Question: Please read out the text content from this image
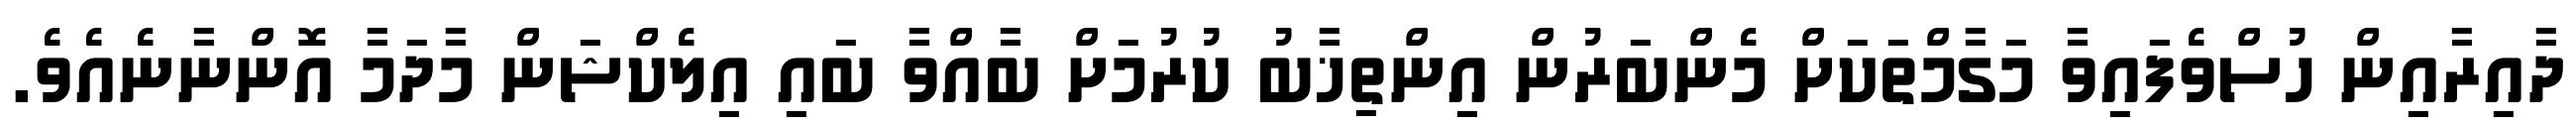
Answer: ދާއިރާއިން ހުސްވެފައިވާ މަގާމްތަކަށް މެންބަރުން އިންތިޚާބު ކުރުމަށް ބާއްވާ ބައި އިލެކްޝަން މާދަމާ އޮންނާނެއެވެ.